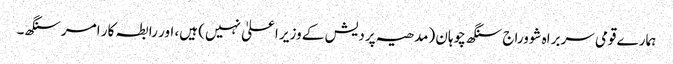
ہمارے قومی سربراہ شووراج سنگھ چوہان (مدھیہ پردیش کے وزیر اعلیٰ نہیں) ہیں، اور رابطہ کار امر سنگھ۔